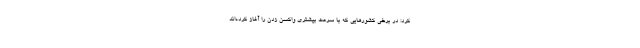
کرد: در برخی کشورهایی که با سرعت بیشتری واکسن زدن را آغاز کرده‌اند